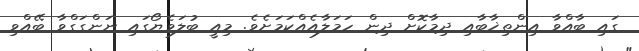
ގައި ބާއްވާ އިންތިޚާބާއި ދިމާކޮށް ދިން ހަމަލާއެއްކަމަށެވެ. މިއީ ބުލަވެޔޯގައި ނަންގަގްވާ ބޭއްވި